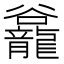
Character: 𪚡